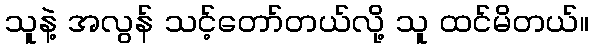
သူနဲ့ အလွန် သင့်တော်တယ်လို့ သူ ထင်မိတယ်။